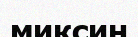
миксин